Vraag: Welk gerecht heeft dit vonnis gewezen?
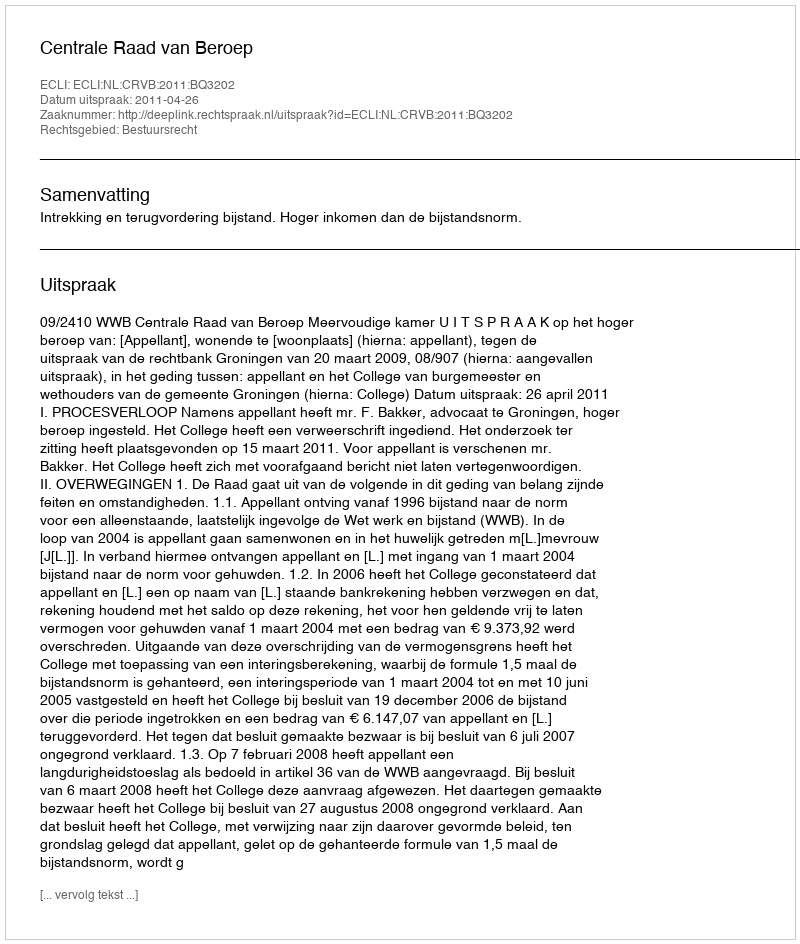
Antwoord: Centrale Raad van Beroep